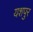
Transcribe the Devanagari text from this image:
यशपुर